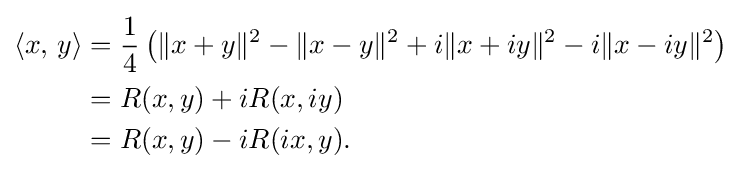
{\begin{alignedat}{4}\langle x,\,y\rangle &={\frac {1}{4}}\left(\|x+y\|^{2}-\|x-y\|^{2}+i\|x+iy\|^{2}-i\|x-iy\|^{2}\right)\\&=R(x,y)+iR(x,iy)\\&=R(x,y)-iR(ix,y).\\\end{alignedat}}